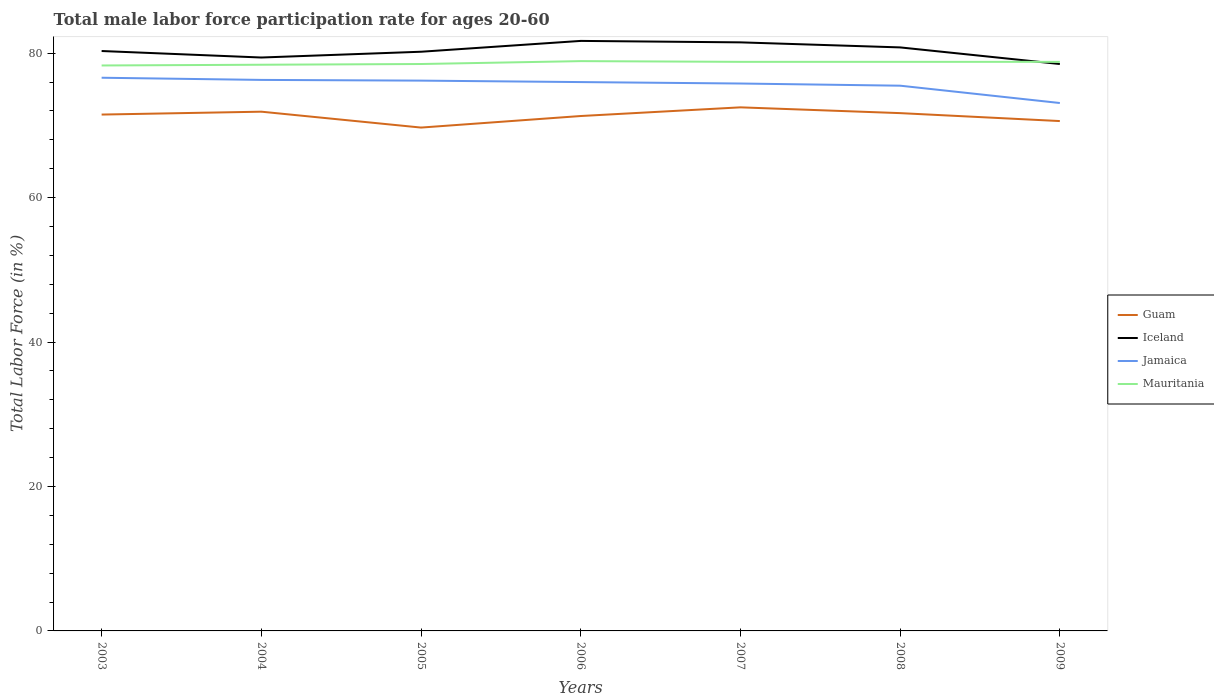
| Years | Guam | Iceland | Jamaica | Mauritania |
 | --- | --- | --- | --- | --- |
 | 2003 | 71.5 | 80.3 | 76.6 | 78.3 |
 | 2004 | 71.9 | 79.4 | 76.3 | 78.4 |
 | 2005 | 69.7 | 80.2 | 76.2 | 78.5 |
 | 2006 | 71.3 | 81.7 | 76 | 78.9 |
 | 2007 | 72.5 | 81.5 | 75.8 | 78.8 |
 | 2008 | 71.7 | 80.8 | 75.5 | 78.8 |
 | 2009 | 70.6 | 78.5 | 73.1 | 78.8 |